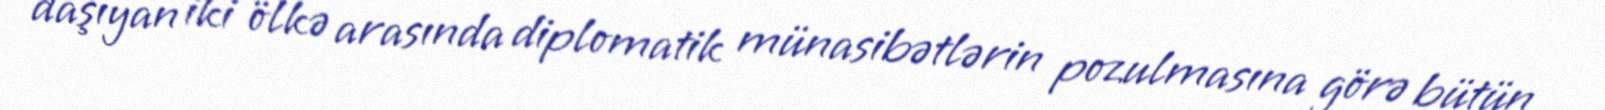
daşıyan iki ölkə arasında diplomatik münasibətlərin pozulmasına görə bütün